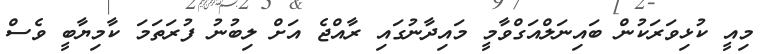
މިއީ ކުޅިވަރަކުން ބައިނަލްއަގްވާމީ މައިދާނުގައި ރާއްޖެ އަށް ލިބުނު ފުރަތަމަ ކާމިޔާބީ ވެސް